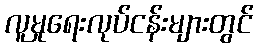
လူမှုရေးလုပ်ငန်းများတွင်